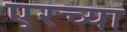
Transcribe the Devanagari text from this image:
एरच्या